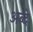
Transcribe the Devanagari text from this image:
अब्दे